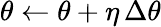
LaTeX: \theta\leftarrow\theta+\eta\, \Delta\theta